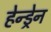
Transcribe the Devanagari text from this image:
हेन्ड्रेन